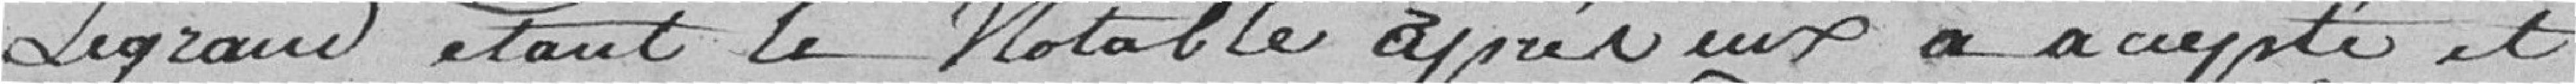
Legrand étant le Notable après eux a accepté et